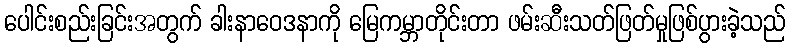
ပေါင်းစည်းခြင်းအတွက် ခါးနာဝေဒနာကို မြေကမ္ဘာတိုင်းတာ ဖမ်းဆီးသတ်ဖြတ်မှုဖြစ်ပွားခဲ့သည်